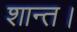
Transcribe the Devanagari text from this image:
शान्त।